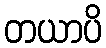
တယာပိ